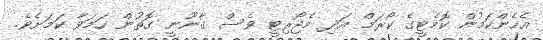
އެހެންކަމުން ކޮމެޓީގެ ކޯރަމް އަދި މެޖޯރިޓީ ވެސް ގާނޫނީ ގޮތުން ހަމަވާ ކަމަށެވެ.